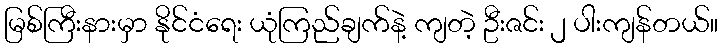
မြစ်ကြီးနားမှာ နိုင်ငံရေး ယုံကြည်ချက်နဲ့ ကျတဲ့ ဦးဇင်း ၂ ပါးကျန်တယ်။